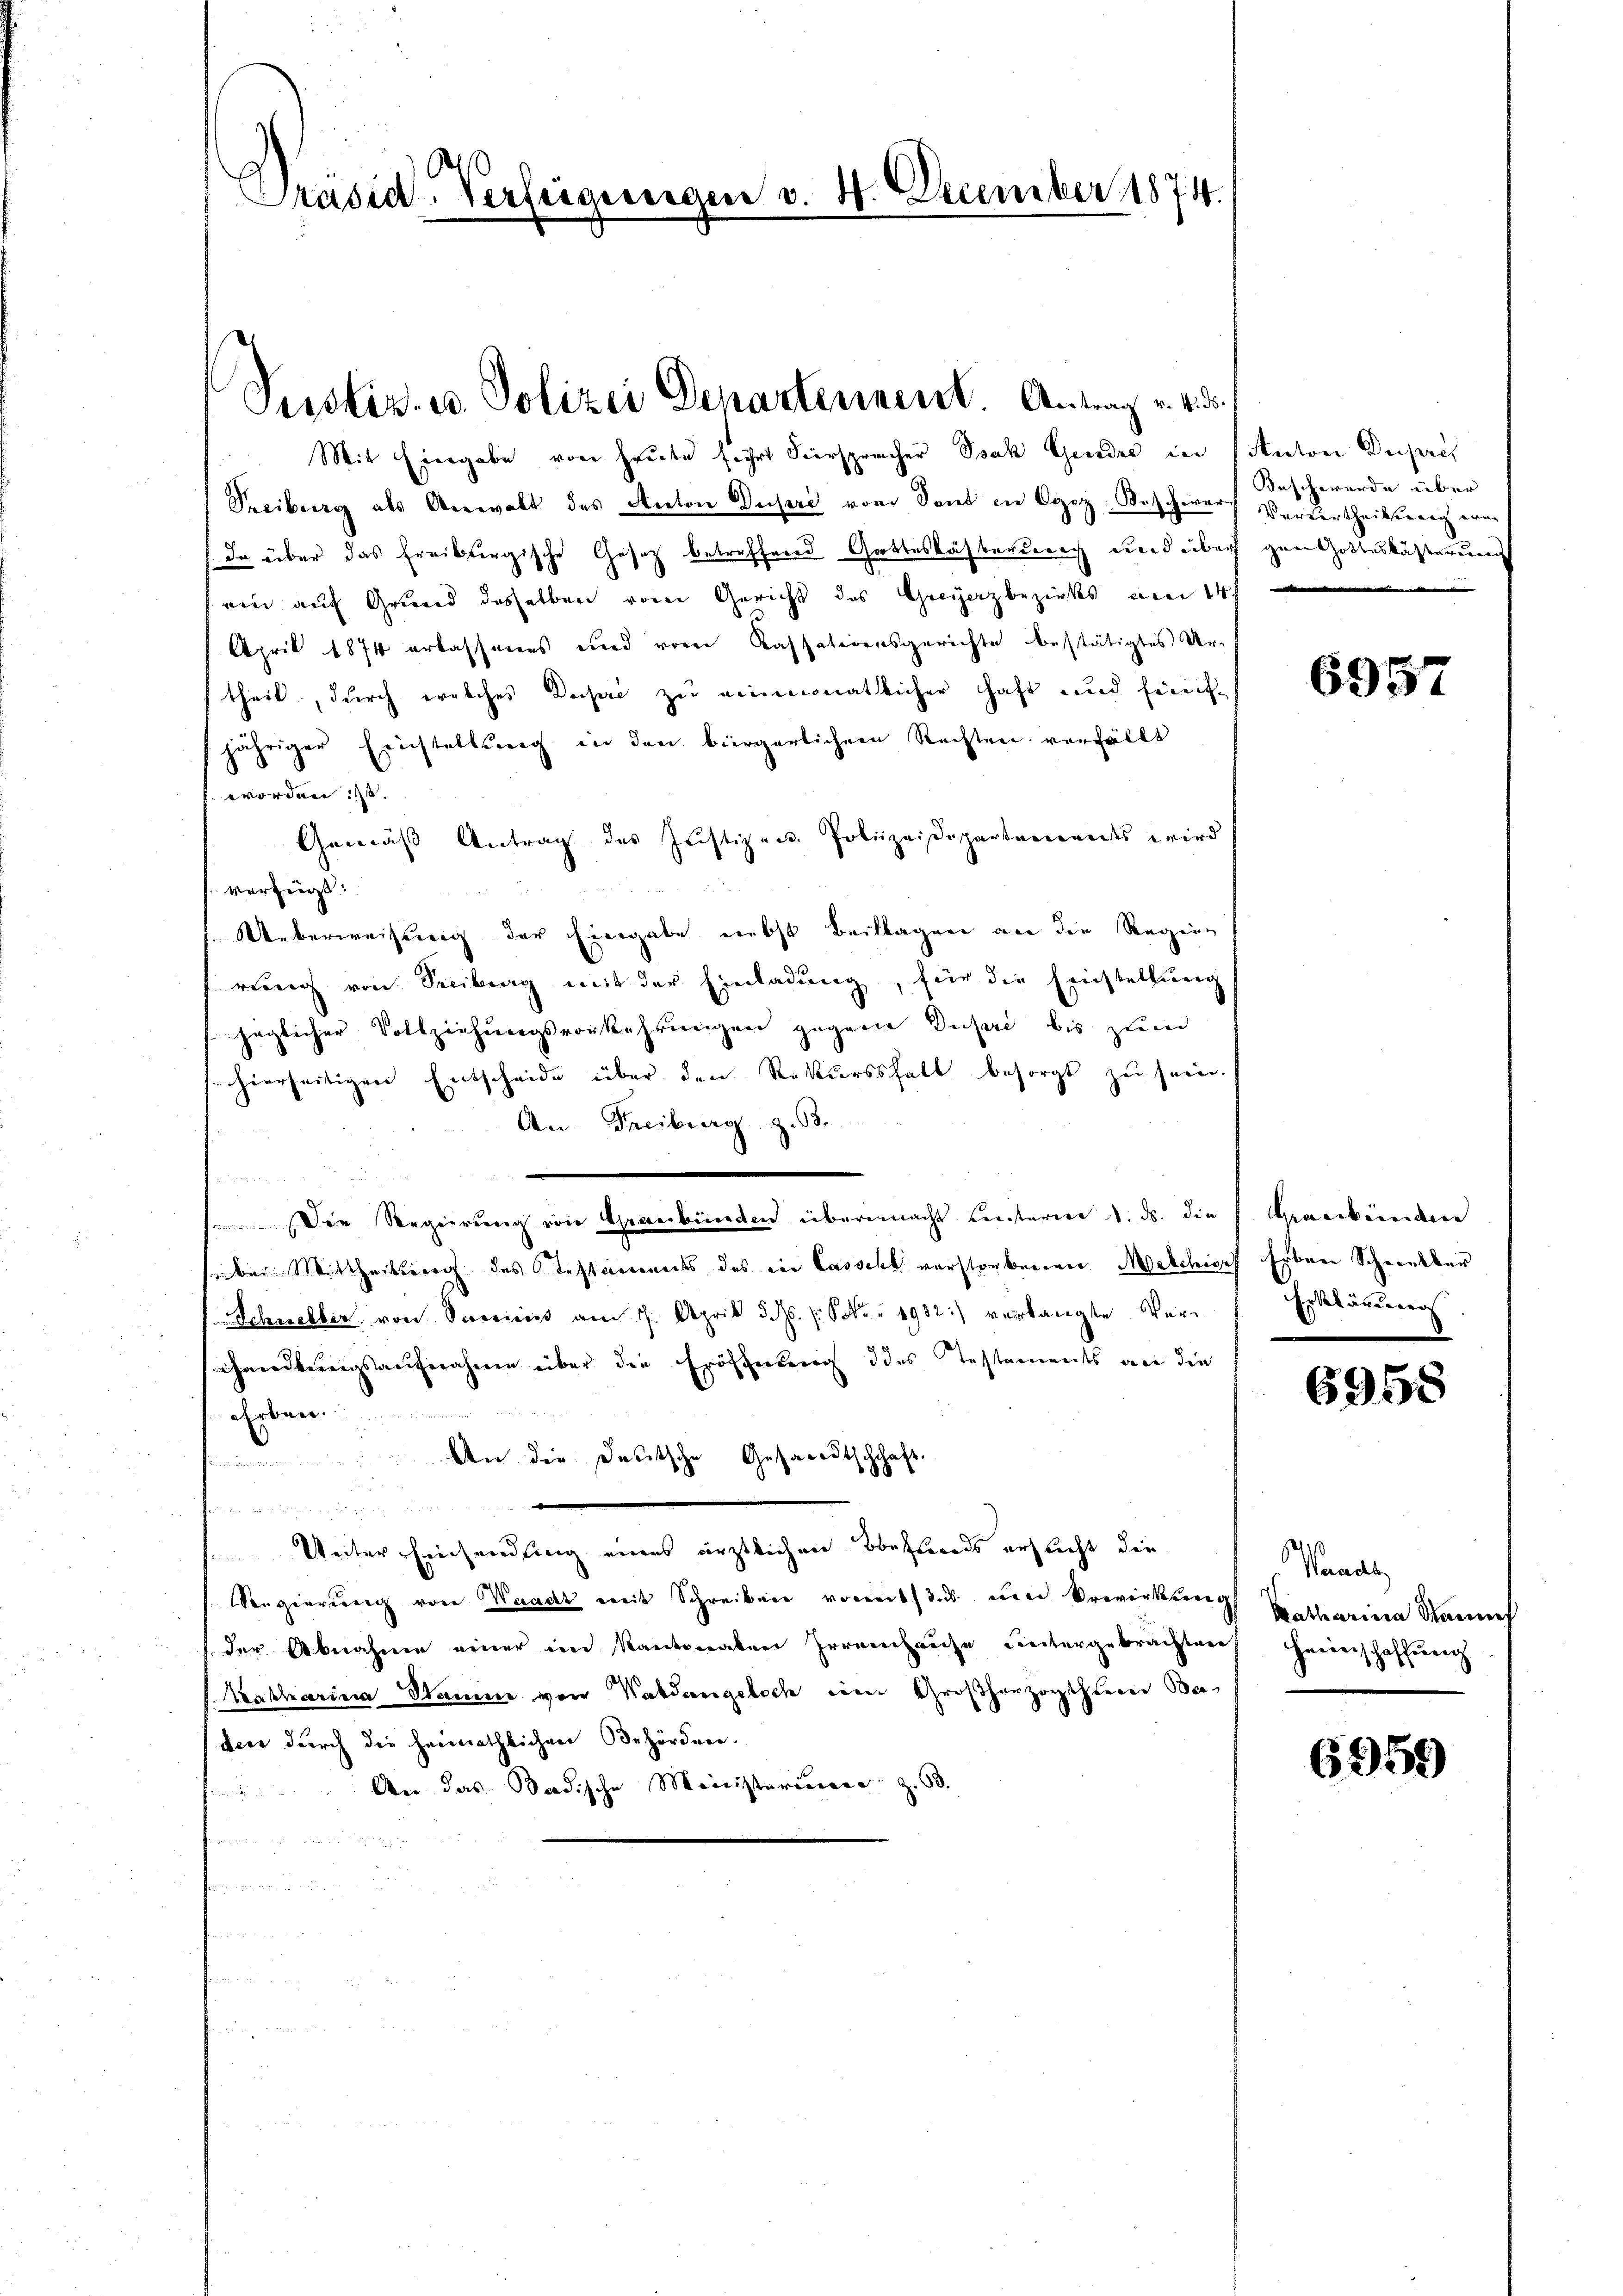
Präsid. Verfügungen v. 4. December 1874.

Justiz- u. Polizei Departennent. Antrag v. 4. d.

Mit Eingabe von freute führt hiersprecher Isak Gende in Anton Dupres
Treiburg als Anwalt des Anton Dupre vom Sont in Ogoz, Beschwarf Verurtheilsberich war
In über das Freibergische Gesetz betreffend Grottesbähbarerrich und über
(ein auf Grund desselben vom Gericht des Greyerzbezirks am 14
April 1874 erlassenes und vom Kassationsgerichte bestätigtes Urtheil, durch welches Dupre zu einmonatlicher Haft und feierjähriger Erichtellung in den bürgerlichen Rechten verfällt
worden ist.
Gemäss Antrag des Justizen Polizeidepartennereits wird
verzeugt.
Ueberweisung der Eingabe nebst Beilagen an die Regung
rung von Seitrag mit der Einladung, für die Einstellung
jäglicher Vollziehungsvorkehrungen gegene Dupri bis zum
hierseitigen Entscheide über den Rekursshalt besorgt zu sein.
An Freiburg z. B.
s
Die Regierung von Graubünden übermacht Leisterere d. ds. die
seben Mittheilsreich des Testaments des die Cassel verstorberner Makchises Erbene Schwenkbar
Schneller von Sereinen am 1. April d. d. 1. Sober 1932:) verlangte Verchandlungsaufnahme über die Eröffnung des Testaments an die
.
Arbei.
An die Deutsche Gesandtschchaft.
.
e
Weiter Einhandlung eines ärztlichen Behands ersucht die
Regierung von Waadt mit Schreiben vom 13. ds. um Erwirkung Katharina Raunef
der Abnahme einer im Kantonalen Irrenhause untergebrachtrief Heimschaffung
Aatharina Stamme von Waldangelsch im Großherzogthum Beden durch die heimathlichen Behörden.
An das Badische Ministeriume Z. 63.

Beschwerde über
gen Gotteskästerung
e

6957

Graubünden |
Erklärung

6958

Handl

6959